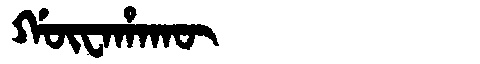
Manchu: ᡤᡡᠸᠠᡥᠠᡴᡡ
Romanization: GŪWAHAKŪ